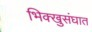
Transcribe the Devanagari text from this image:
भिक्खुसंघात